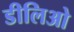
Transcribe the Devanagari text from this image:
डीलिओ